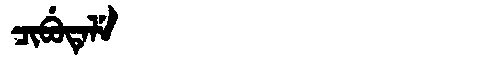
Manchu: ᠴᡳᠪᡠᡨᡝᠯᡝ
Romanization: CIBUTELE